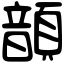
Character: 𩐳